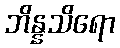
ဘိန္နသိရော